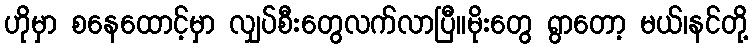
ဟိုမှာ စနေထောင့်မှာ လျှပ်စီးတွေလက်လာပြီ။မိုးတွေ ရွာတော့ မယ်၊နင်တို့